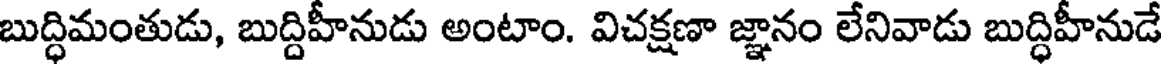
బుద్ధిమంతుడు, బుద్దిహీనుడు అంటాం. విచక్షణా జ్ఞానం లేనివాడు బుద్ధిహీనుడే